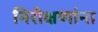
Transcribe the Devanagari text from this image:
निरीक्षणांना